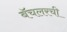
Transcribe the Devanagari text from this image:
बॅचलरची